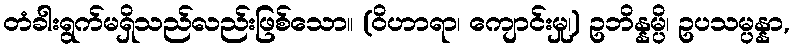
တံခါးရွက်မရှိသည်လည်းဖြစ်သော။ (ဝိဟာရာ၊ ကျောင်းမှု၊) ဥဘိန္နမ္ပိ၊ ဥပသမ္ပန္နာ,